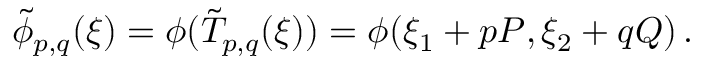
\tilde { \phi } _ { p , q } ( \boldsymbol { \xi } ) \overset { } { = } \phi ( \tilde { T } _ { p , q } ( \boldsymbol { \xi } ) ) \overset { } { = } \phi ( \xi _ { 1 } + p P , \xi _ { 2 } + q Q ) \, .